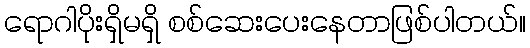
ရောဂါပိုးရှိမရှိ စစ်ဆေးပေးနေတာဖြစ်ပါတယ်။